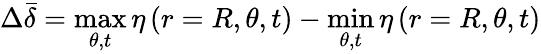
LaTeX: \Delta\bar{\delta}=\operatorname*{max}_{\theta,t}\eta\left(r=R,\theta,t\right)-\operatorname*{min}_{\theta,t}\eta\left(r=R,\theta,t\right)